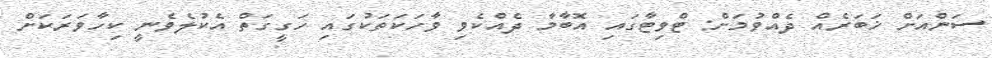
ސަންއަށް ޚަބަރެއް ދެއްވުމަށް: ޓްވިޓާގައި އޮބާމާ ދެއްކެވި ވާހަކަތަކުގައި ހަގީގަތް އެކުލެވެނީ ކިހާވަރަކަށް